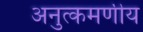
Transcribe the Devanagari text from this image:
अनुत्कमणीय